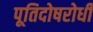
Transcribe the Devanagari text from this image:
पूतिदोषरोधी